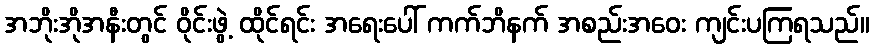
အဘိုးအိုအနီးတွင် ဝိုင်းဖွဲ့ ထိုင်ရင်း အရေးပေါ် ကက်ဘိနက် အစည်းအဝေး ကျင်းပကြရသည်။